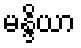
မန္ဒိယာ